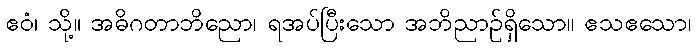
ဧဝံ၊ သို့။ အဓိဂတာဘိညော၊ ရအပ်ပြီးသော အဘိညာဉ်ရှိသော။ ဧသဧသော၊